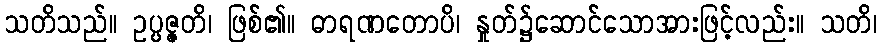
သတိသည်။ ဥပ္ပဇ္ဇတိ၊ ဖြစ်၏။ ဓာရဏတောပိ၊ နှုတ်၌ဆောင်သောအားဖြင့်လည်း။ သတိ၊